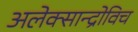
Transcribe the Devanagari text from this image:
अलेक्सान्द्रोविच